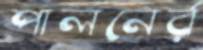
পালনের্র